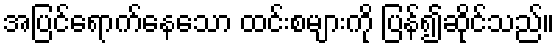
အပြင်ရောက်နေသော ထင်းစများကို ပြန်၍ဆိုင်သည်။